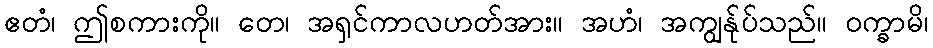
ဧတံ၊ ဤစကားကို။ တေ၊ အရှင်ကာလဟတ်အား။ အဟံ၊ အကျွန်ုပ်သည်။ ဝက္ခာမိ၊